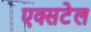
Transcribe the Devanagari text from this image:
एक्सटेल